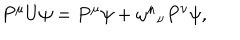
LaTeX: P ^ { \mu } U \psi = P ^ { \mu } \psi + \omega ^ { \mu } { } _ { \nu } P ^ { \nu } \psi ,